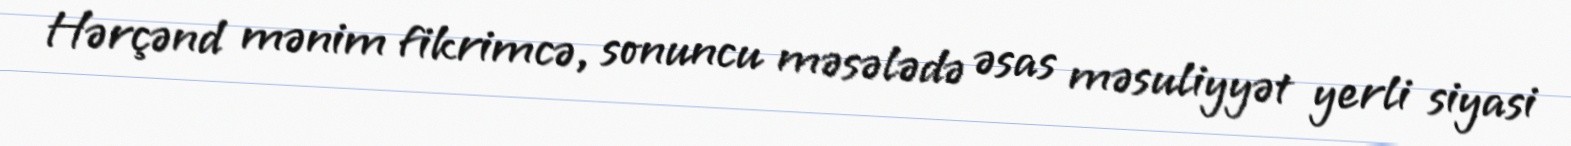
Hərçənd mənim fikrimcə, sonuncu məsələdə əsas məsuliyyət yerli siyasi